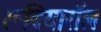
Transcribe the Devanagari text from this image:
रूबियारॉल